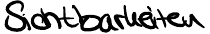
Sichtbarkeiten